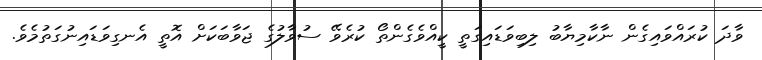
ވާދަ ކުރައްވައިގެން ނާކާމިޔާބު ލިބިވަޑައިގަތީ ކީއްވެގެންތޯ ކުރެވޭ ސުވާލުގެ ޖަވާބަކަށް އޮތީ އެނގިވަޑައިނުގަތުމެވެ.